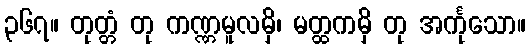
၃၆၇။ တုတ္တံ တု ကဏ္ဏမူလမှိ၊ မတ္ထကမှိ တု အင်္ကုသော။